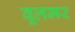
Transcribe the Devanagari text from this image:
वूलमर